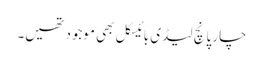
چار پانچ لیڈی بائیسکل بھی موجود تھیں۔